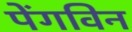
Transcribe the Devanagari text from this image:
पेंगविन